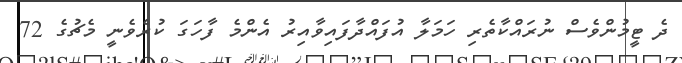
ދެ ޓީމުންވެސް ނުރައްކާތެރި ހަމަލާ އުފައްދާފައިވާއިރު އެންމެ ފާހަގަ ކުރެވެނީ މެޗުގެ 72